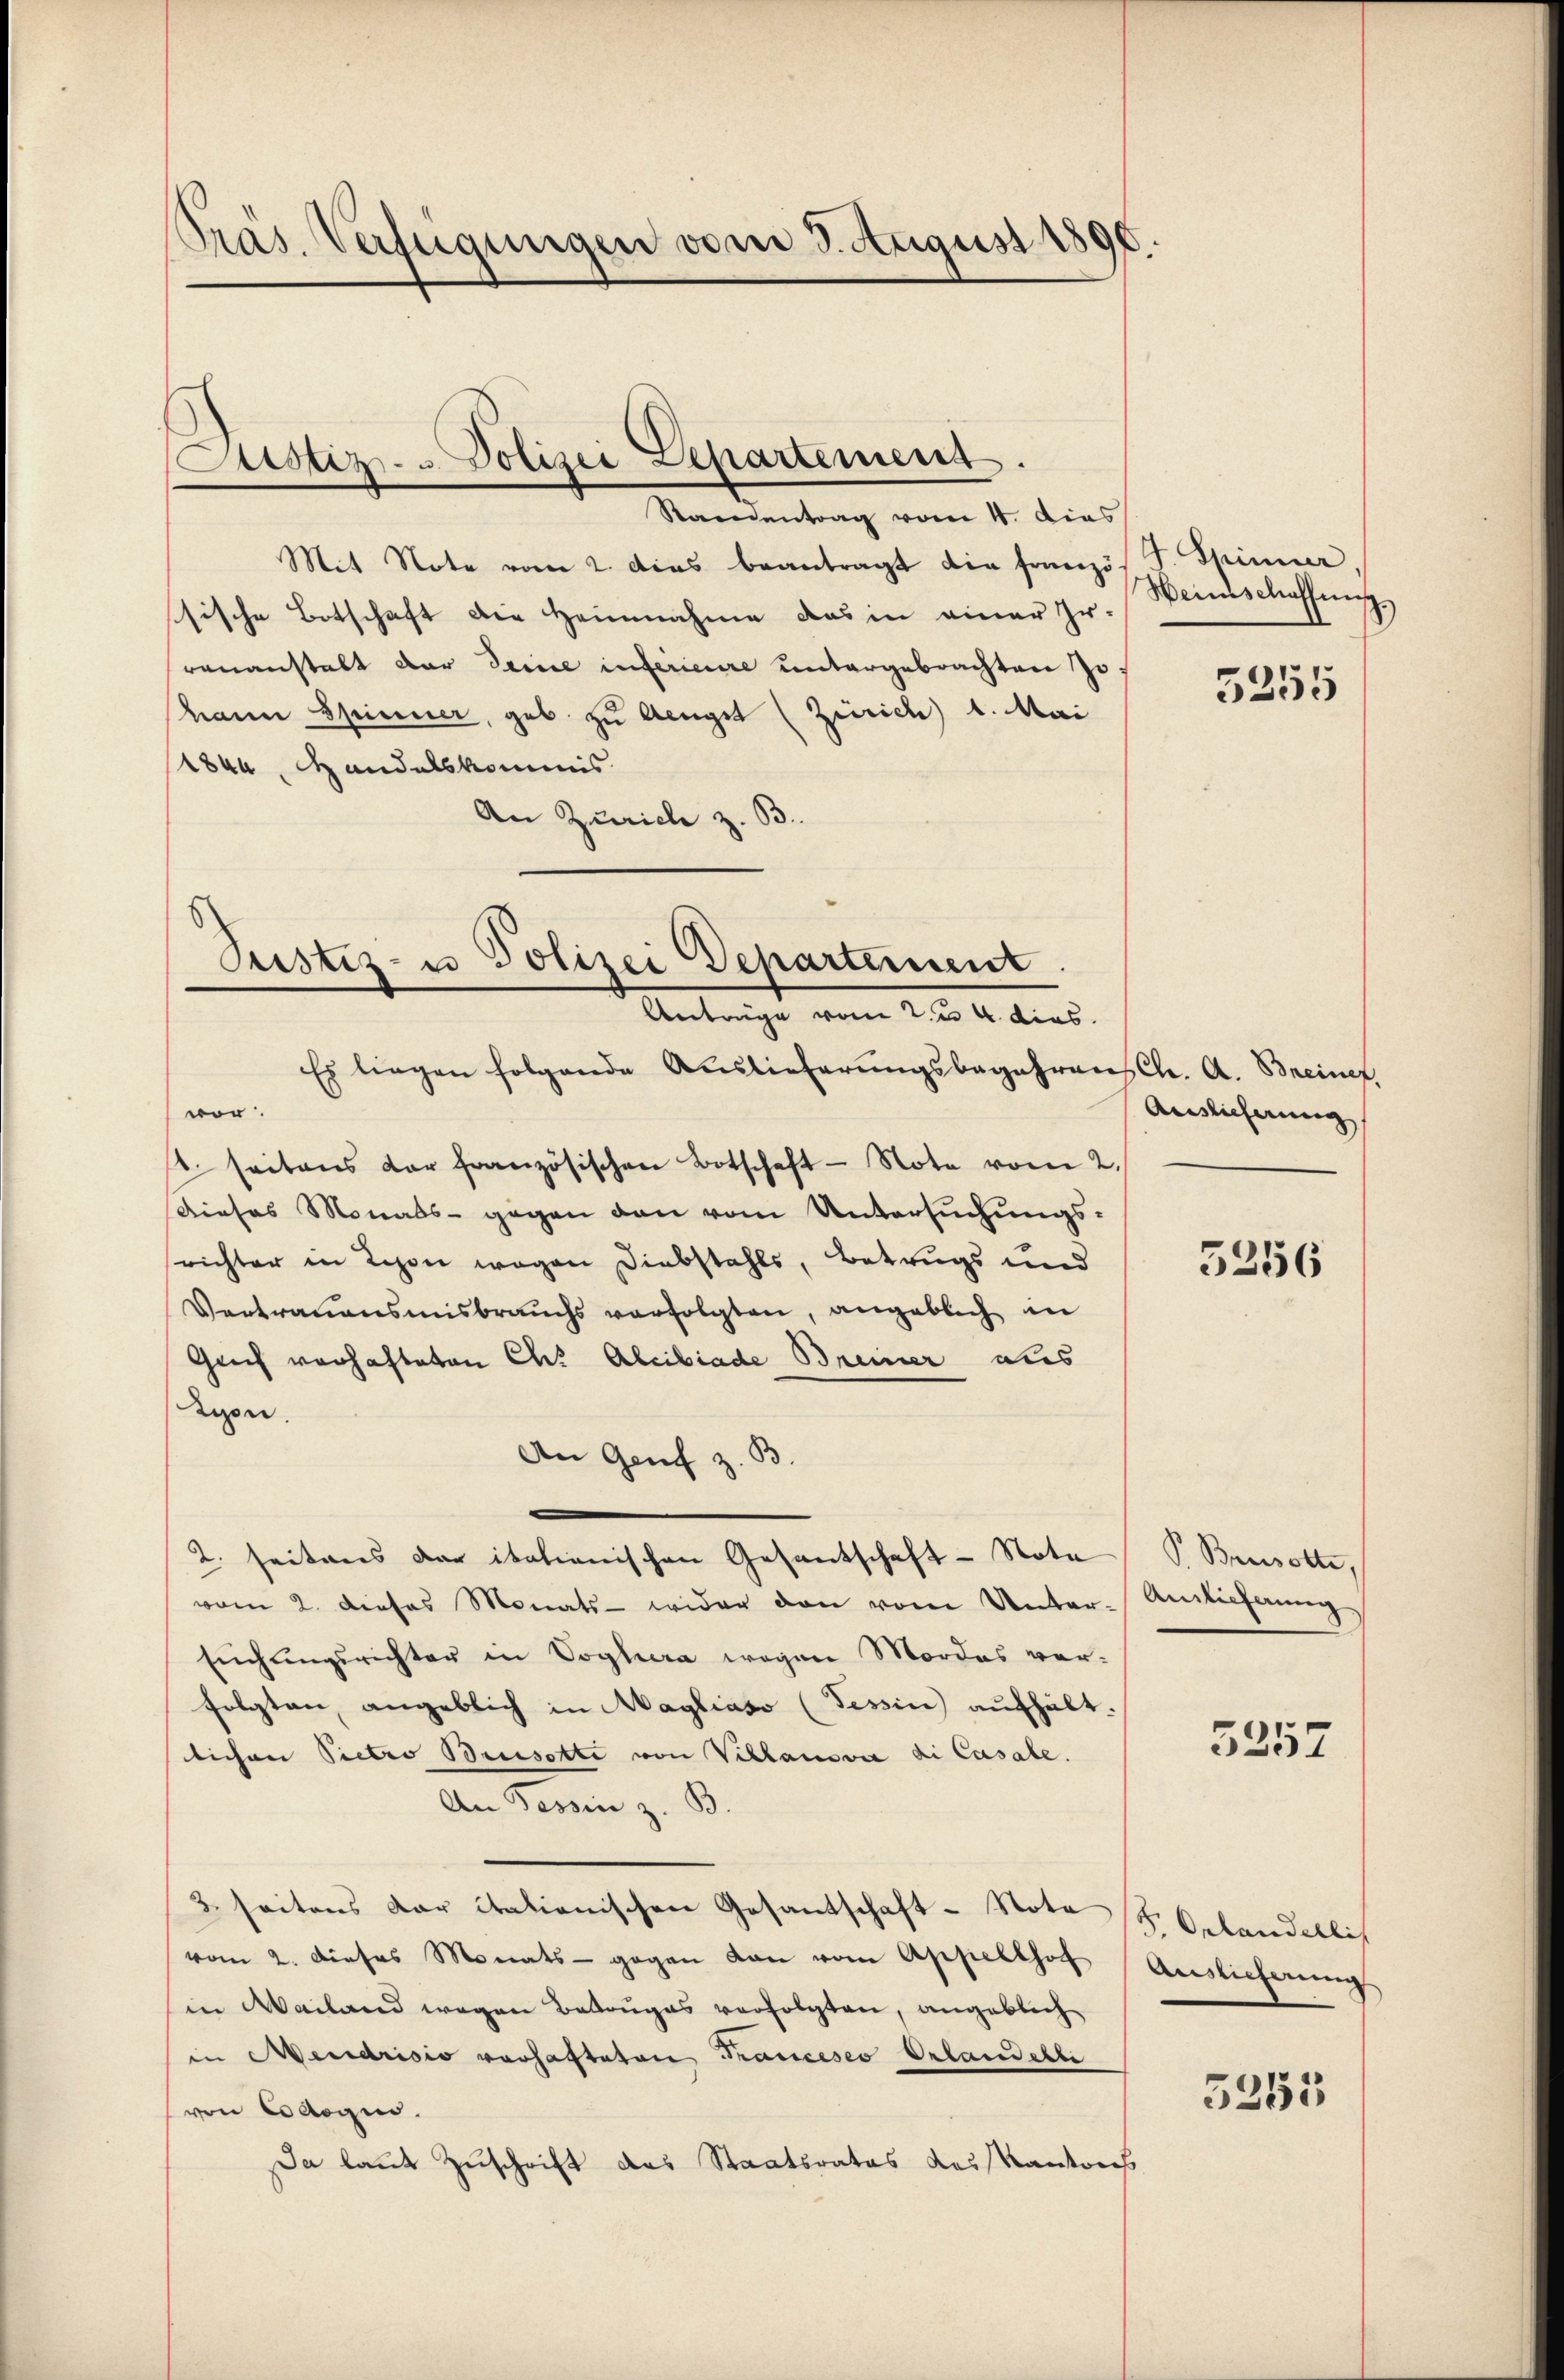
Präs. Verfügungen vom 3. August 1896.

Justiz- u. Polizei Departement.

Justiz- u Polizei Departement
Anträge vom 2. u. 4. dies

Ramentrag vom 4. Dies
Mit Note vom 2. dies beantragt die französ J. Spinner,
ssische Botschaft die Heimnahme das in einer Hr. Weinschaffung,
rauanstalt der deine inférieure untergebrachten Jo¬
Mann Spinner, geb. zu Aeugst (Zürich) 1. Mai
1844. Handelskommnis
An Zürich z. B.
Es liegen folgende Auslieferŭngsbegehren Ch. A. Breinef,
vor.
t. seitens der französischen Botschaft Note vom 2.
Dieses Monats - gegen den vom Untersuchungssrichter in Schon wegen Diebstahls, Betrugs und
Vertrauensmisbrauchs verfolgten, angeblich in
Grich verhafteten Ch. Alcibiade Breiner als
tyen.
An Genf z. B.
2. seitens der itationischen Gesantschaft - Nota
vom 2. dieses Monats - wider den vom Unter-Anlieferung
sŭchŭngsrichter in Voglera wegen Mordes ver-
folgten, angeblich in Magliaso (Tessin aufhält.
lichen Pietro Breesotte von Villanova di Casale.
An Tessin z. B.
3 seitens der itationischen Gesantschaft - Nota (H. Gelandellis
vom 2. dieses Monats - gegen von vom Appellhof Auslieferung
in Mailand wegen Betruges verfolgten, angeblich
in Mendrisis vorhafteten Francesco Orlandelte
von Cologis.
Da laut Zuschrift des Staatsrates Lois Kantons

5255

Auslicherung

5256

V. Beisolte,

5257

5263